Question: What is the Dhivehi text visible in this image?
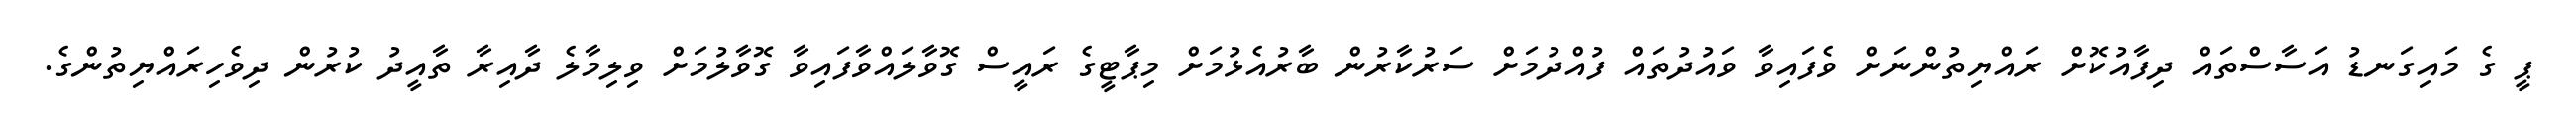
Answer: ޕީ ގެ މައިގަނޑު އަސާސްތައް ދިފާއުކޮށް ރައްޔިތުންނަށް ވެފައިވާ ވައުދުތައް ފުއްދުމަށް ސަރުކާރުން ބާރުއެޅުމަށް މިޕާޓީގެ ރައީސް ގޮވާލައްވާފައިވާ ގޮވާލުމަށް ވިލިމާލެ ދާއިރާ ތާއީދު ކުރުން ދިވެހިރައްޔިތުންގެ.